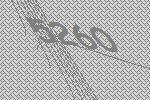
5260